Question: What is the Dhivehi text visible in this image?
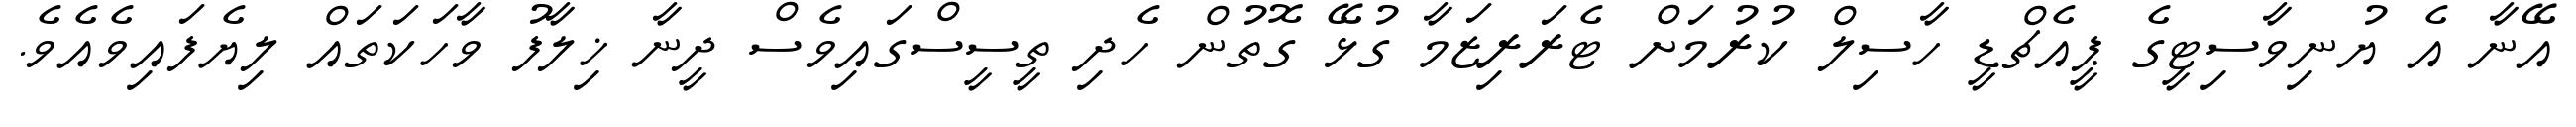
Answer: އޭނާ އެ ޔުނިވާސިޓީގެ ޕީއެޗްޑީ ހާސިލް ކުރުމަށް ޓެރަރިޒަމާ ގުޅޭ ގޮތުން ހެދި ތީސީސްގައިވެސް ދީނާ ޚިލާފު ވާހަކަތައް ލިޔެފައިވެއެވެ.